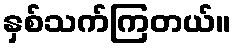
နှစ်သက်ကြတယ်။